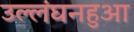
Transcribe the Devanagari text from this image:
उल्लंघनहुआ